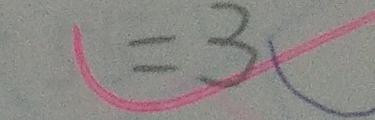
= 3